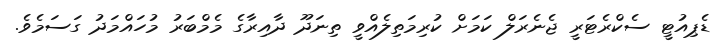
ޑެޕިއުޓީ ސެކްރެޓަރީ ޖެނެރަލް ކަމަށް ކުރިމަތިލެއްވީ ތިނަދޫ ދާއިރާގެ މެމްބަރު މުހައްމަދު ގަސަމެވެ.